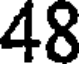
48